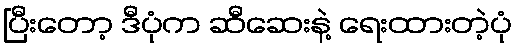
ပြီးတော့ ဒီပုံက ဆီဆေးနဲ့ ရေးထားတဲ့ပုံ